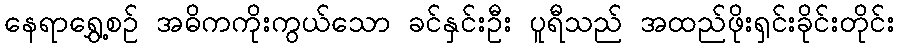
နေရာရွှေ့စဉ် အဓိကကိုးကွယ်သော ခင်နှင်းဦး ပူရီသည် အထည်ဖိုးရှင်းခိုင်းတိုင်း